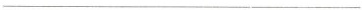
___